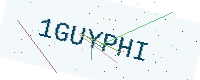
Text: 1GUYPHI